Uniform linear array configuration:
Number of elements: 4
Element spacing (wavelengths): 0.25
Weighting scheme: kaiser
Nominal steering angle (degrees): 30
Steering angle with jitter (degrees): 29.062
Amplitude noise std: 0.05
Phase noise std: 0.05

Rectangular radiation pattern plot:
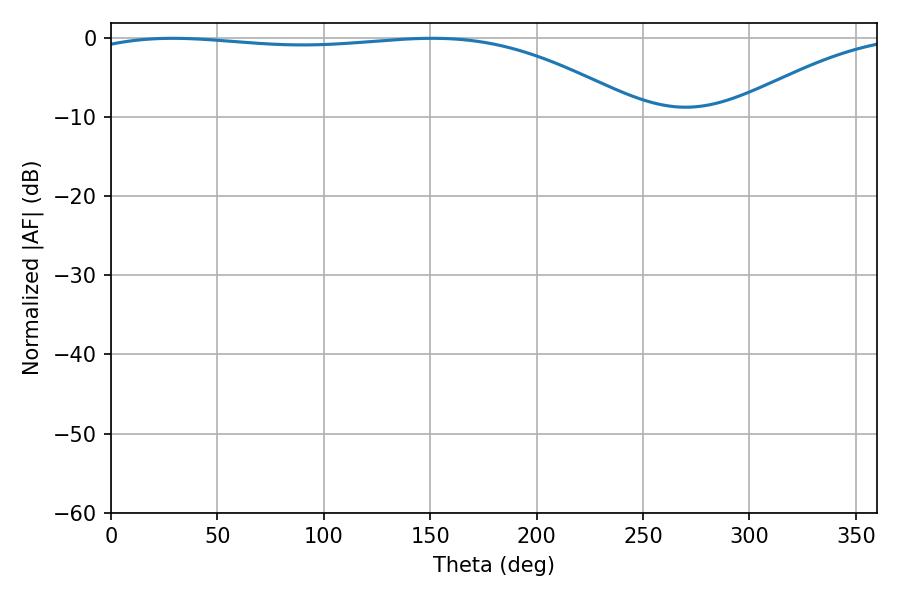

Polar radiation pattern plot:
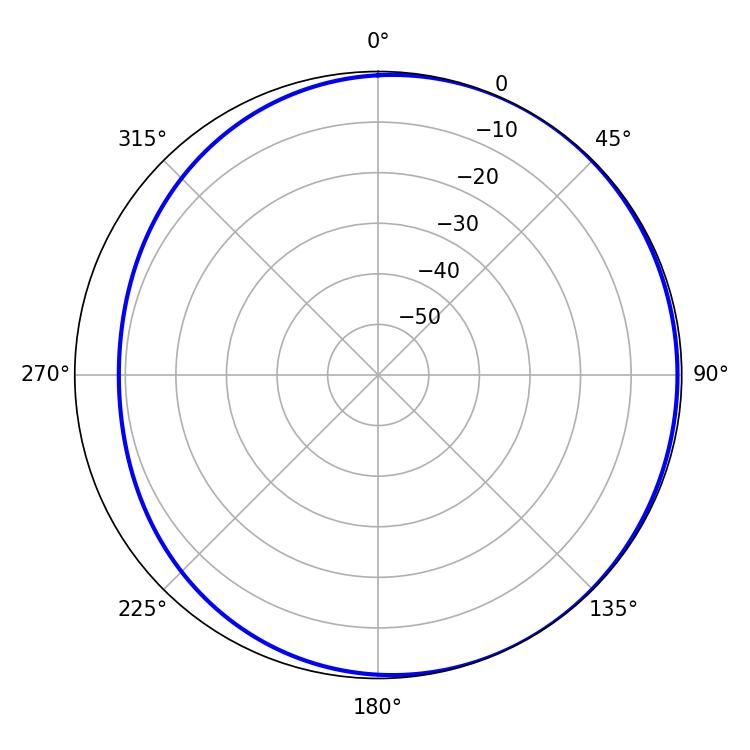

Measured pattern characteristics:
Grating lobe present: FALSE
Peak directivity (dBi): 1.992
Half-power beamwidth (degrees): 207.54
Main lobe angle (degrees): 28.98